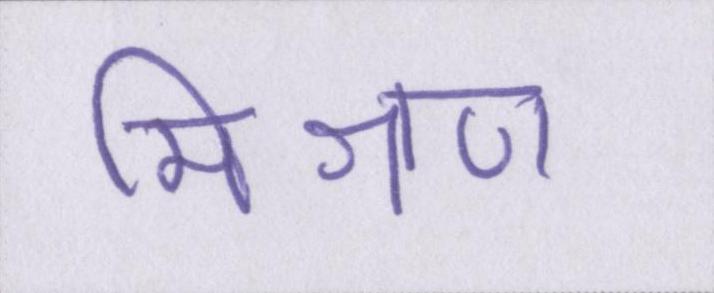
मिश्रण